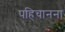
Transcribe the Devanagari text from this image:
पहिचानना